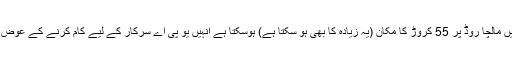
دہلی میں مالچا روڈ پر 55 کروڑ کا مکان (یہ زیادہ کا بھی ہو سکتا ہے) ہوسکتا ہے انہیں یو پی اے سرکار کے لیے کام کرنے کے عوض ملا ہو۔